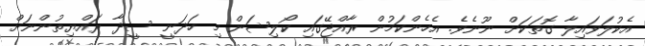
އެކުލަވައިލާ ގޮތަކަށް ނޫނެވެ. އެހެންކަމުން ރާއްޖޭގައި ކޯލިޝަން މި ހަދަނީ ސީދާ ރައްޔިތުންނަށް